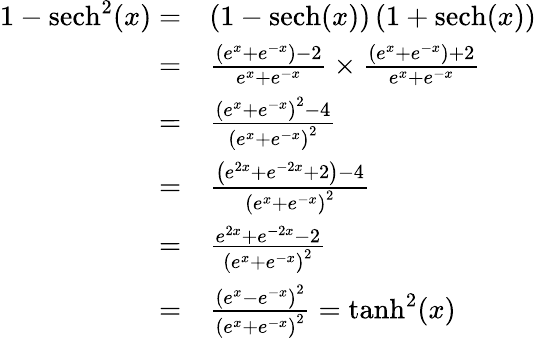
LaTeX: \begin{array}{rl}{1-\operatorname{sech}^{2}(x)=}&{\left(1-\operatorname{sech}(x)\right)\left(1+\operatorname{sech}(x)\right)}\\ {=}&{\frac{\left(e^{x}+e^{-x}\right)-2}{e^{x}+e^{-x}}\times\frac{\left(e^{x}+e^{-x}\right)+2}{e^{x}+e^{-x}}}\\ {=}&{\frac{\left(e^{x}+e^{-x}\right)^{2}-4}{\left(e^{x}+e^{-x}\right)^{2}}}\\ {=}&{\frac{\left(e^{2x}+e^{-2x}+2\right)-4}{\left(e^{x}+e^{-x}\right)^{2}}}\\ {=}&{\frac{e^{2x}+e^{-2x}-2}{\left(e^{x}+e^{-x}\right)^{2}}}\\ {=}&{\frac{\left(e^{x}-e^{-x}\right)^{2}}{\left(e^{x}+e^{-x}\right)^{2}}=\operatorname{tanh}^{2}(x)}\end{array}